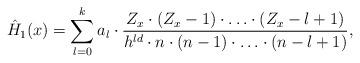
LaTeX: \begin{align*}\hat{H}_1(x) = \sum_{l=0}^k a_l \cdot \frac{Z_x\cdot(Z_x-1)\cdot \ldots \cdot (Z_x-l+1)}{h^{ld} \cdot n\cdot(n-1)\cdot \ldots \cdot (n-l+1)},\end{align*}